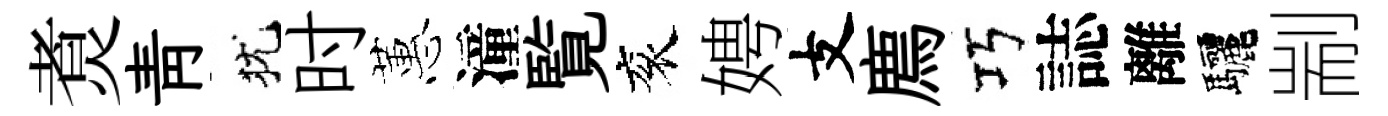
煑靑犹时蕙潼覧衮娉支廌巧誌離驅剬